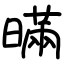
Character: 暪